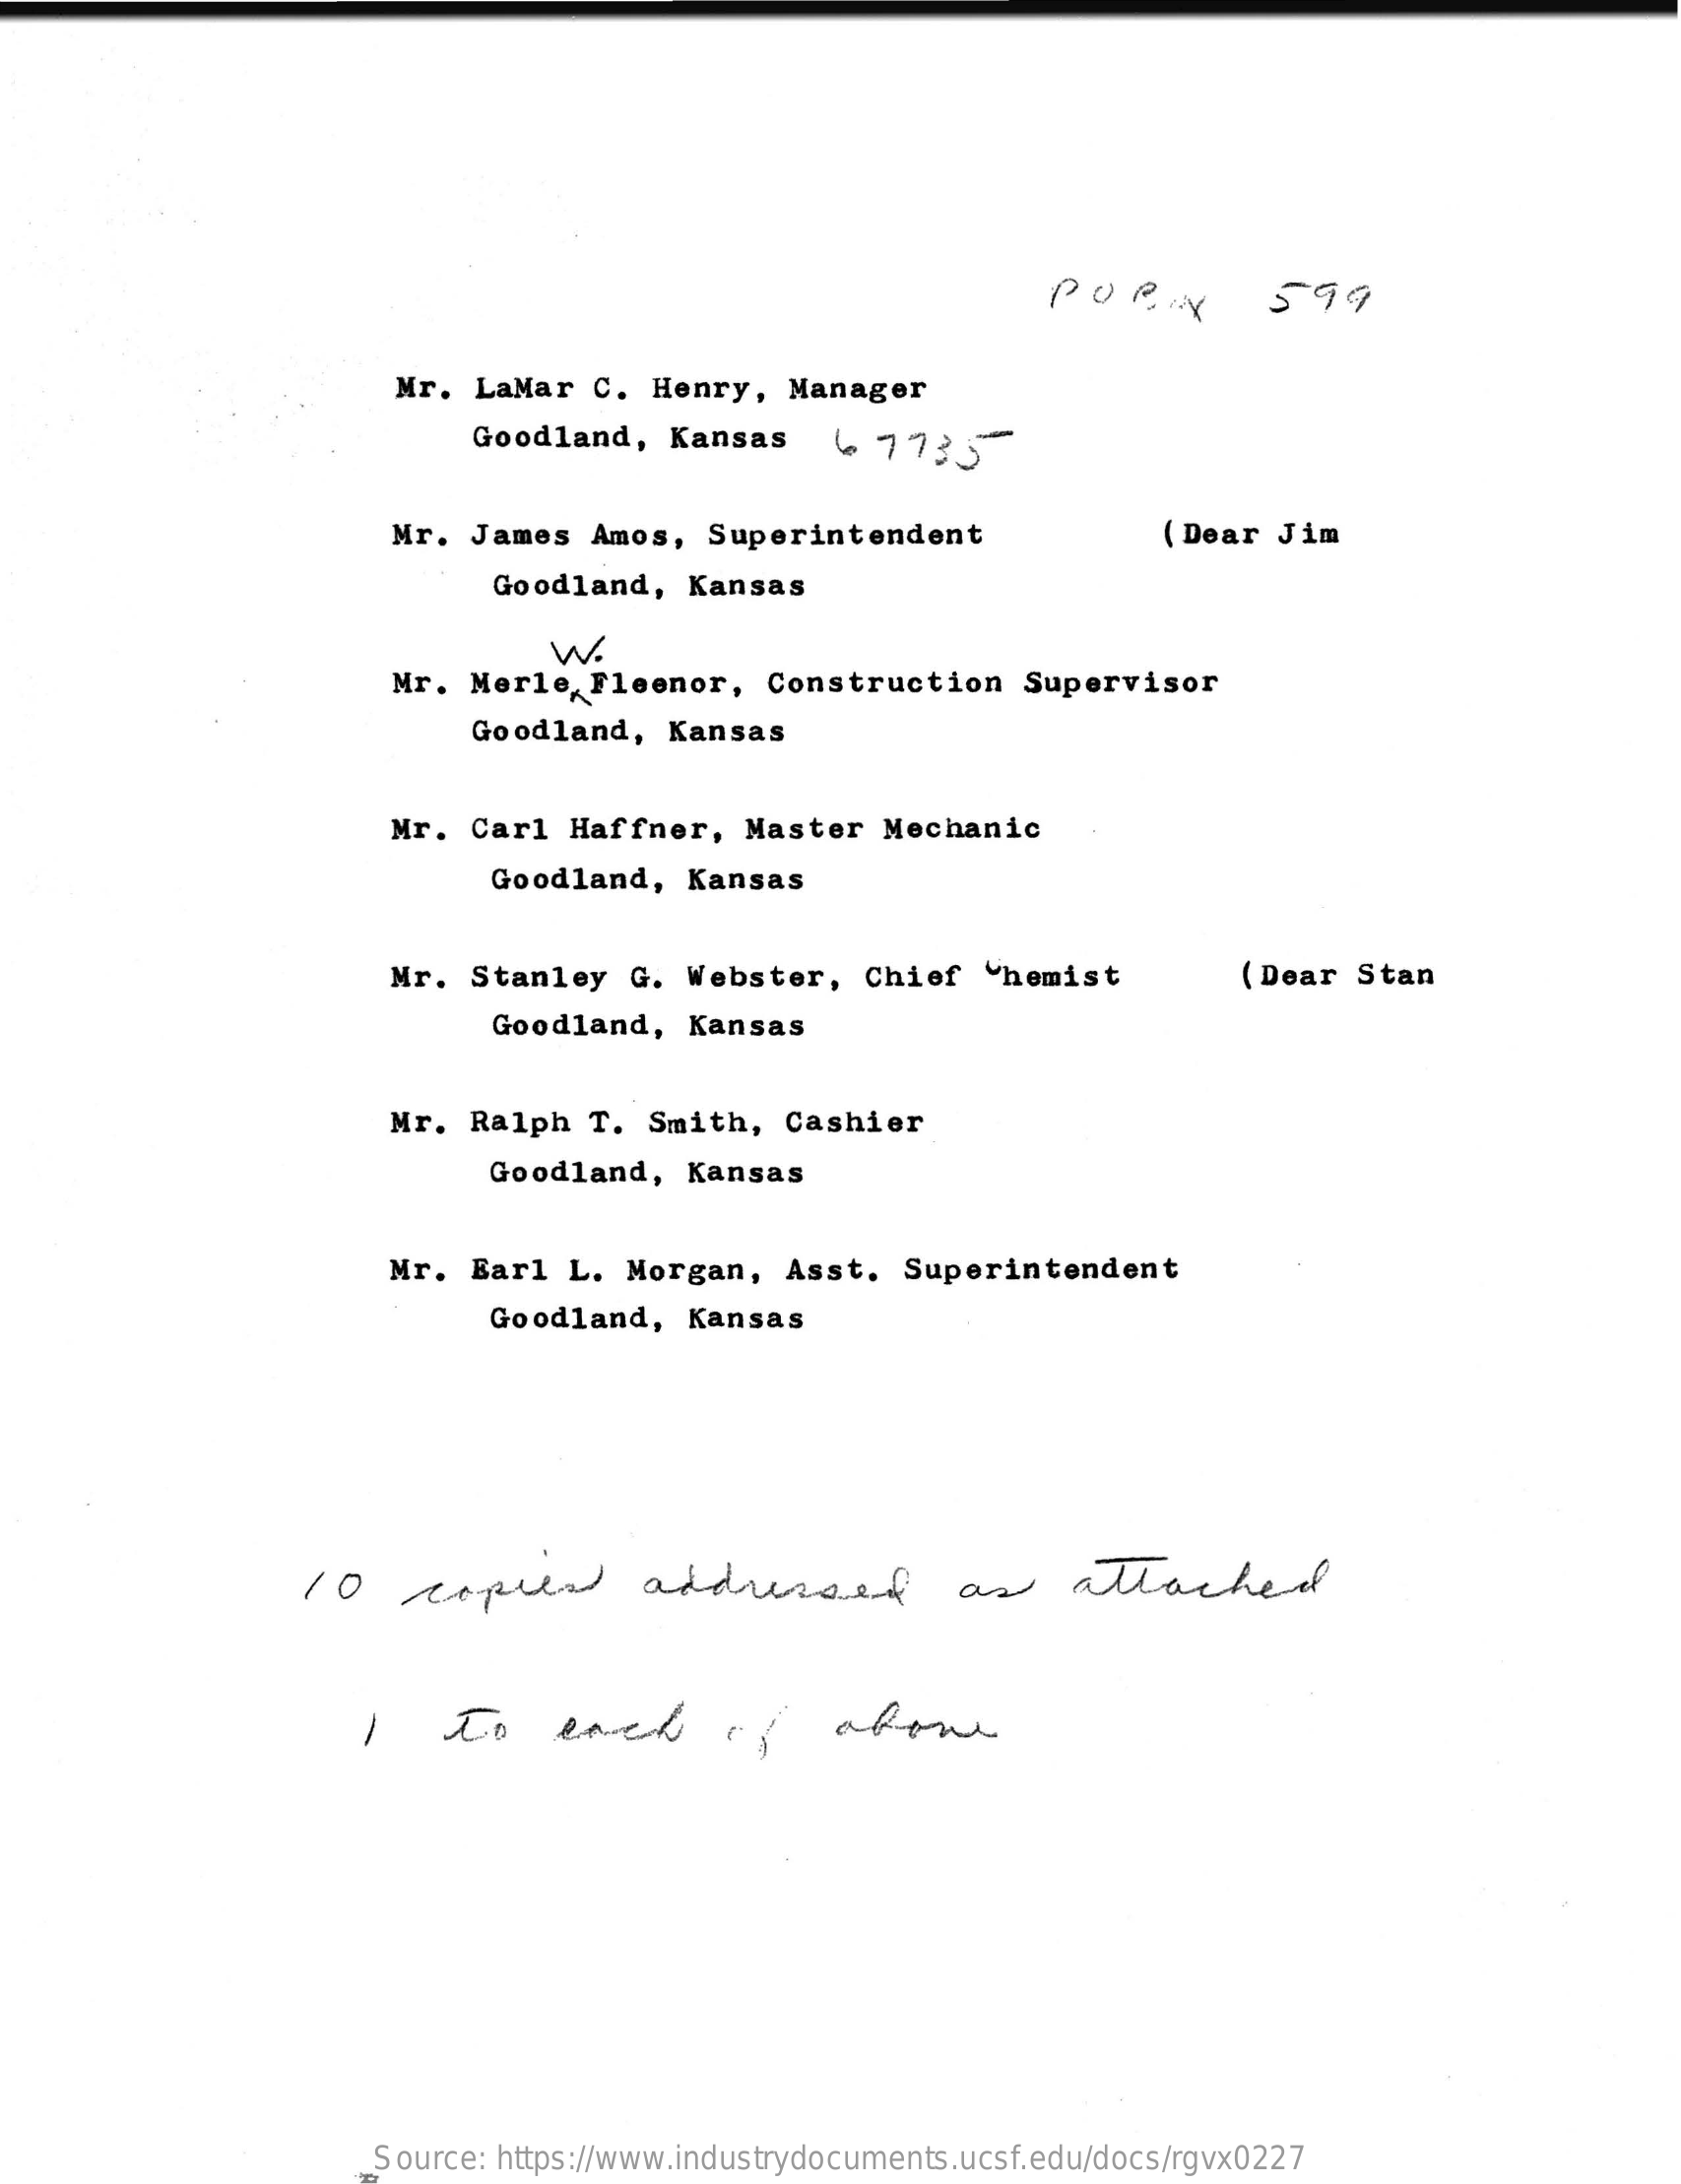
POR    599
     Mr.  LaMar  C.  Henry,   Manager
     Goodland,   Kansas    4  7735
     Mr.  James  Amos,   Superintendent    ( Dear Jim
     Goodland,   Kansas
     Mr. Merle,  Fleenor,   Construction    Supervisor
     W.
     Goodland,   Kansas
     Mr.  Carl  Haffner,   Master   Mechanic
     Goodland,   Kansas
     Mr.  Stanley   G. Webster,    Chief  Chemist    (Dear  Stan
     Goodland,   Kansas
     Mr. Ralph   T.  Smith,   Cashier
     Goodland,   Kansas
     Mr.  Earl  L.  Morgan,   Asst.  Superintendent
     Goodland,   Kansas
     10    copied    addressed    as    attached
     I    to    each    of    abone
     Source: https://www.industrydocuments.ucsf.edu/docs/rgvx0227